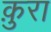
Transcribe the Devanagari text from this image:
क़ुरा